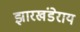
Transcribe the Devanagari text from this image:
झारखंडेराय